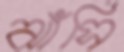
ঝাঁসি